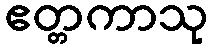
ဧတ္တကာသု